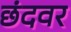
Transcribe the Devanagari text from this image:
छंदवर